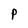
Character: P